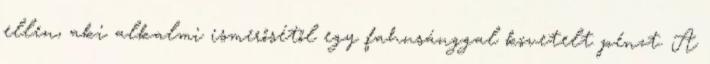
ellen, aki alkalmi ismerősétől egy fahusánggal követelt pénzt. A